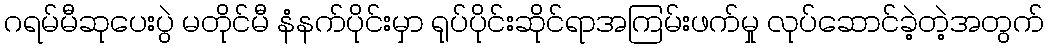
ဂရမ်မီဆုပေးပွဲ မတိုင်မီ နံနက်ပိုင်းမှာ ရုပ်ပိုင်းဆိုင်ရာအကြမ်းဖက်မှု လုပ်ဆောင်ခဲ့တဲ့အတွက်